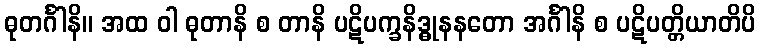
ဓုတင်္ဂါနိ။ အထ ဝါ ဓုတာနိ စ တာနိ ပဋိပက္ခနိဒ္ဓုနနတော အင်္ဂါနိ စ ပဋိပတ္တိယာတိပိ